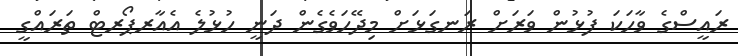
ރައީސްގެ ވާހަކަ ފުޅުން ވަރަށް ރަނގަޅަށް މިދޭހަވެގެން ދަނީ ހުޅުލެ އެއާރޕޯރޓް ތަރައްގީ